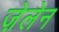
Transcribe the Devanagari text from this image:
ज़ेलेन